65_HS1-834228961_62-HQ-83894_Section_4
Agency: FBI
Page 202
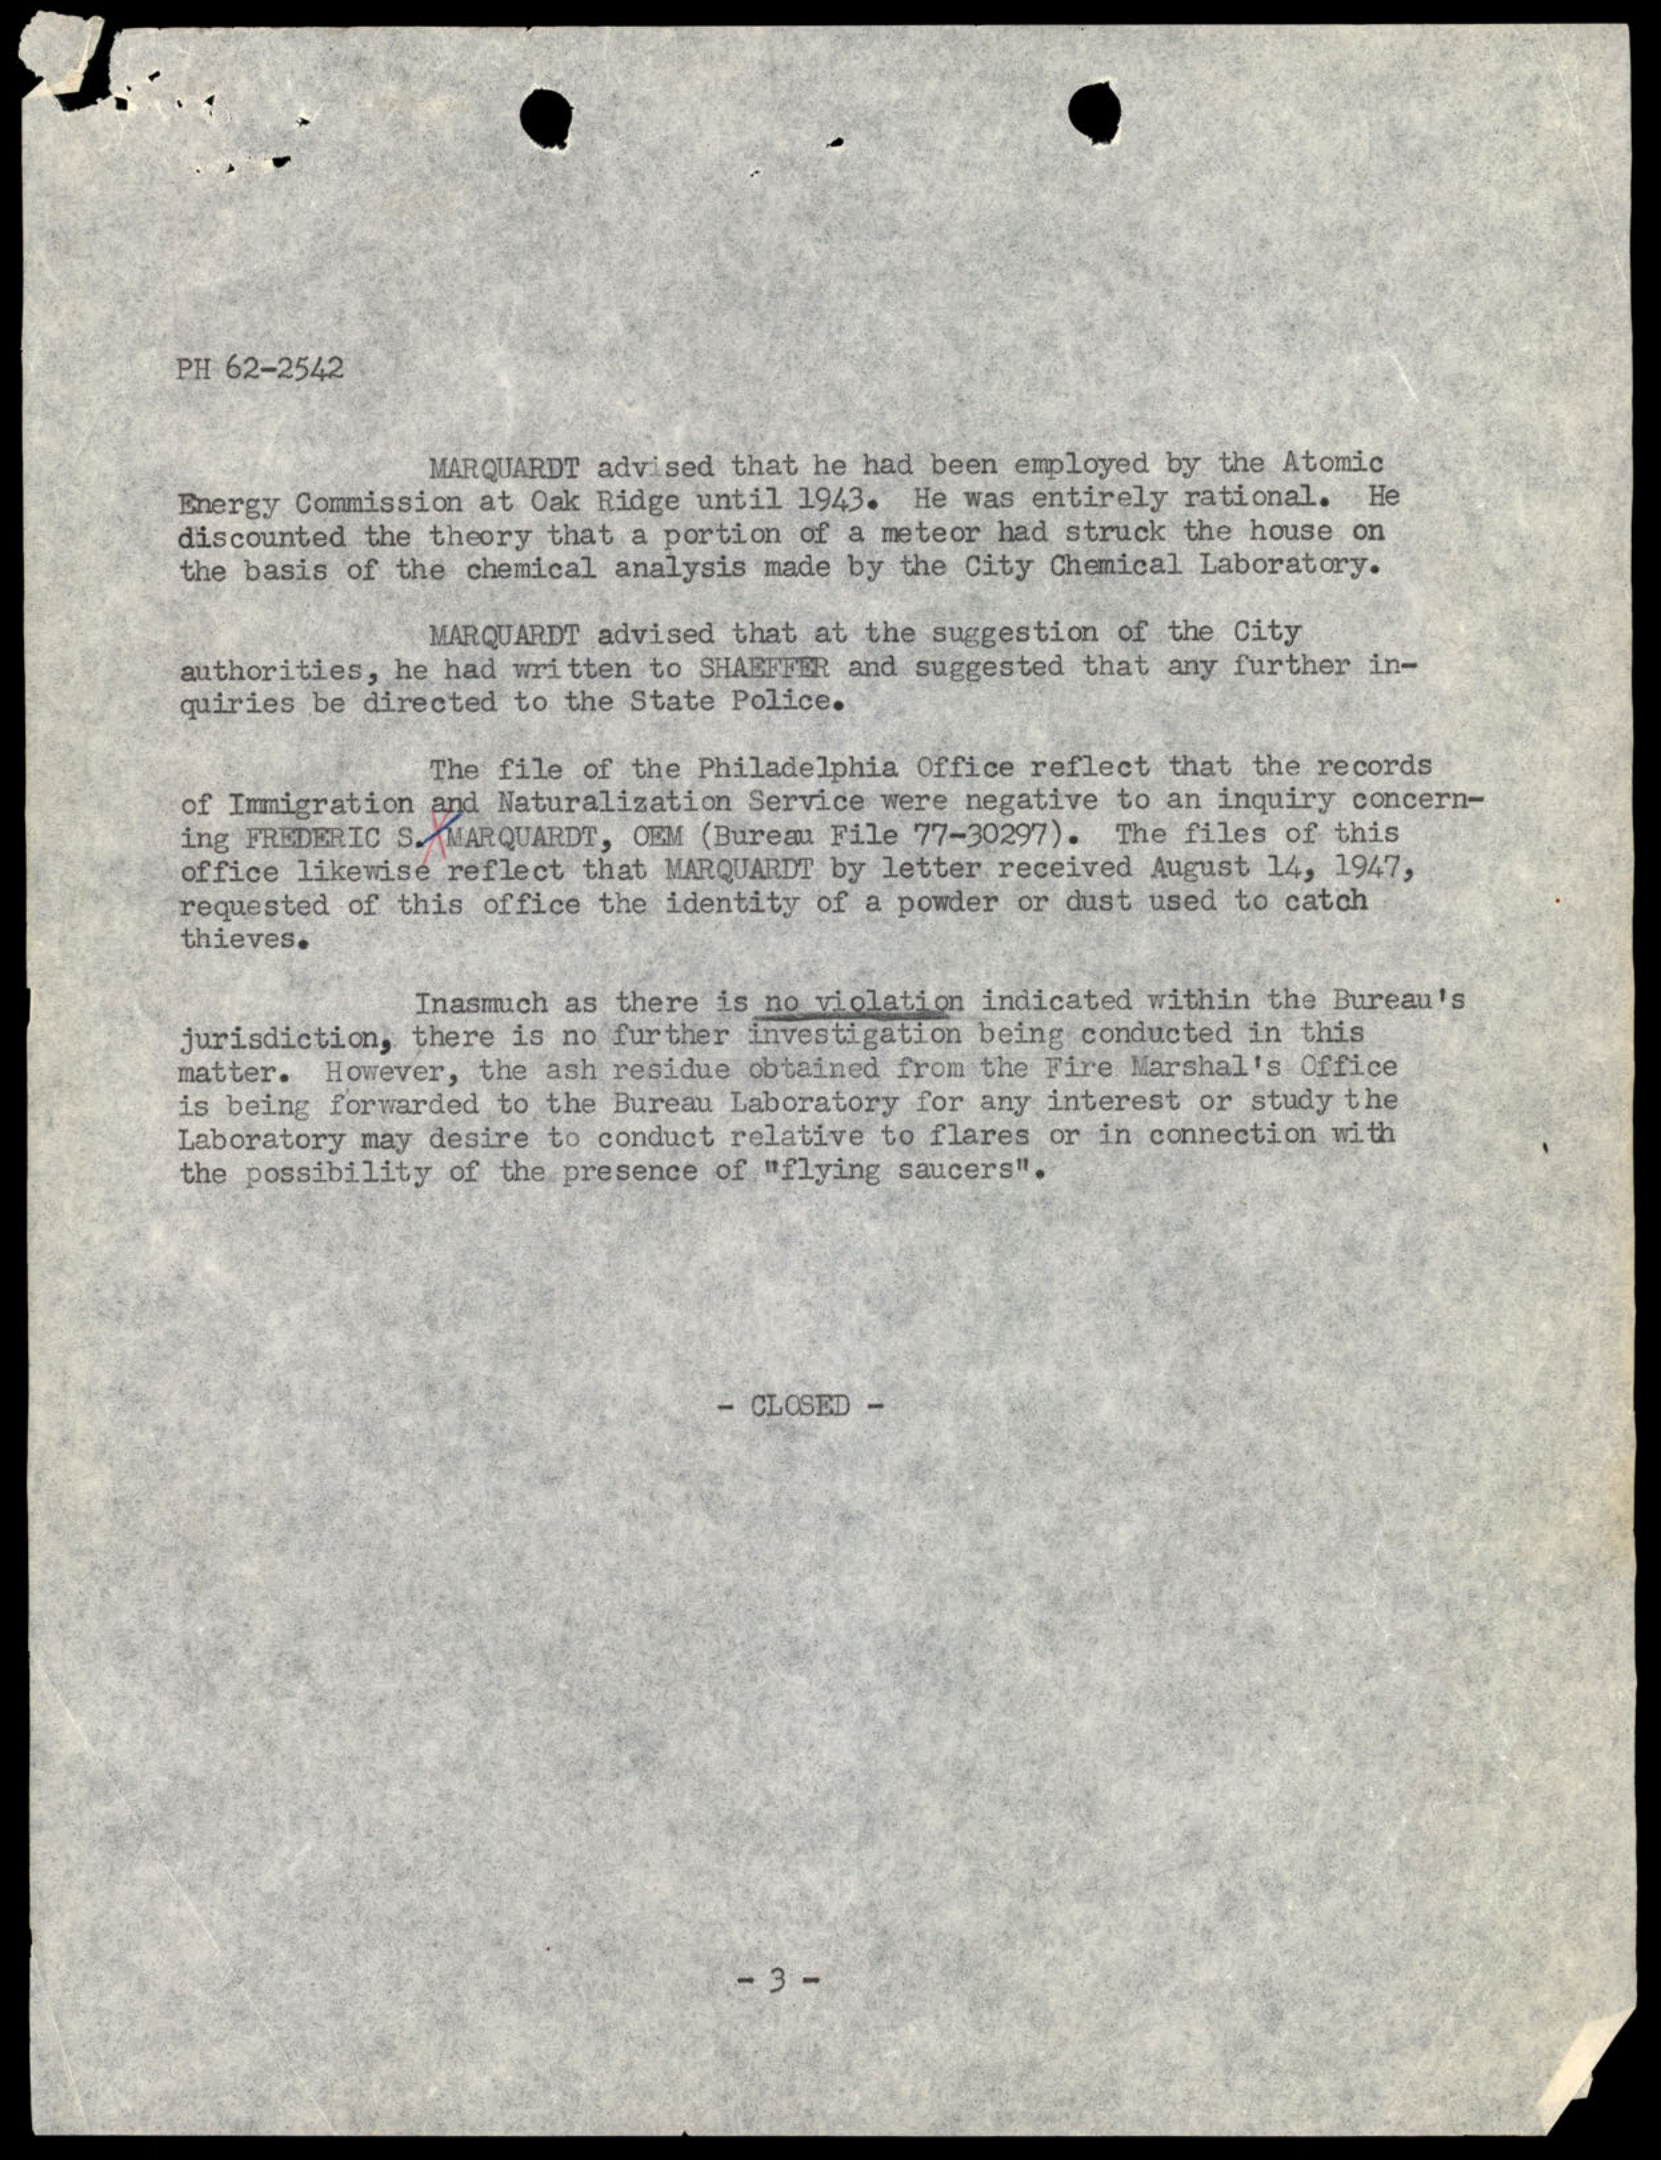